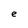
Character: e